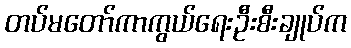
တပ်မတော်ကာကွယ်ရေးဦးစီးချုပ်က